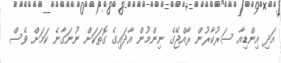
އަދި އިންޑިއާ ސަރުކާރުން ރާއްޖޭގެ ނިންމުން އާދައިގެ ގޮތަކަށް ނުނަގާނެ ކަމަށް ވެސް